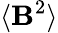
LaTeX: \langle\mathbf{B}^{2}\rangle